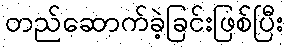
တည်ဆောက်ခဲ့ခြင်းဖြစ်ပြီး